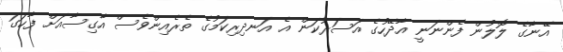
އޭނާގެ ލޮލުން ފެންނަނީ އާދޭހުގެ އަސަރުކަން އެ އަނދިރިކަމުގެ ތެރެއިންވެސް އާގިސާއަށް ފާހަގަ